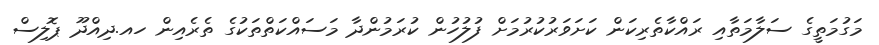
މަގުމަތީގެ ސަލާމަތާއި ރައްކާތެރިކަން ކަށަވަރުކުރުމަށް ފުލުހުން ކުރަމުންދާ މަސައްކަތްތަކުގެ ތެރެއިން ހއ.ދިއްދޫ ޕޮލިސް